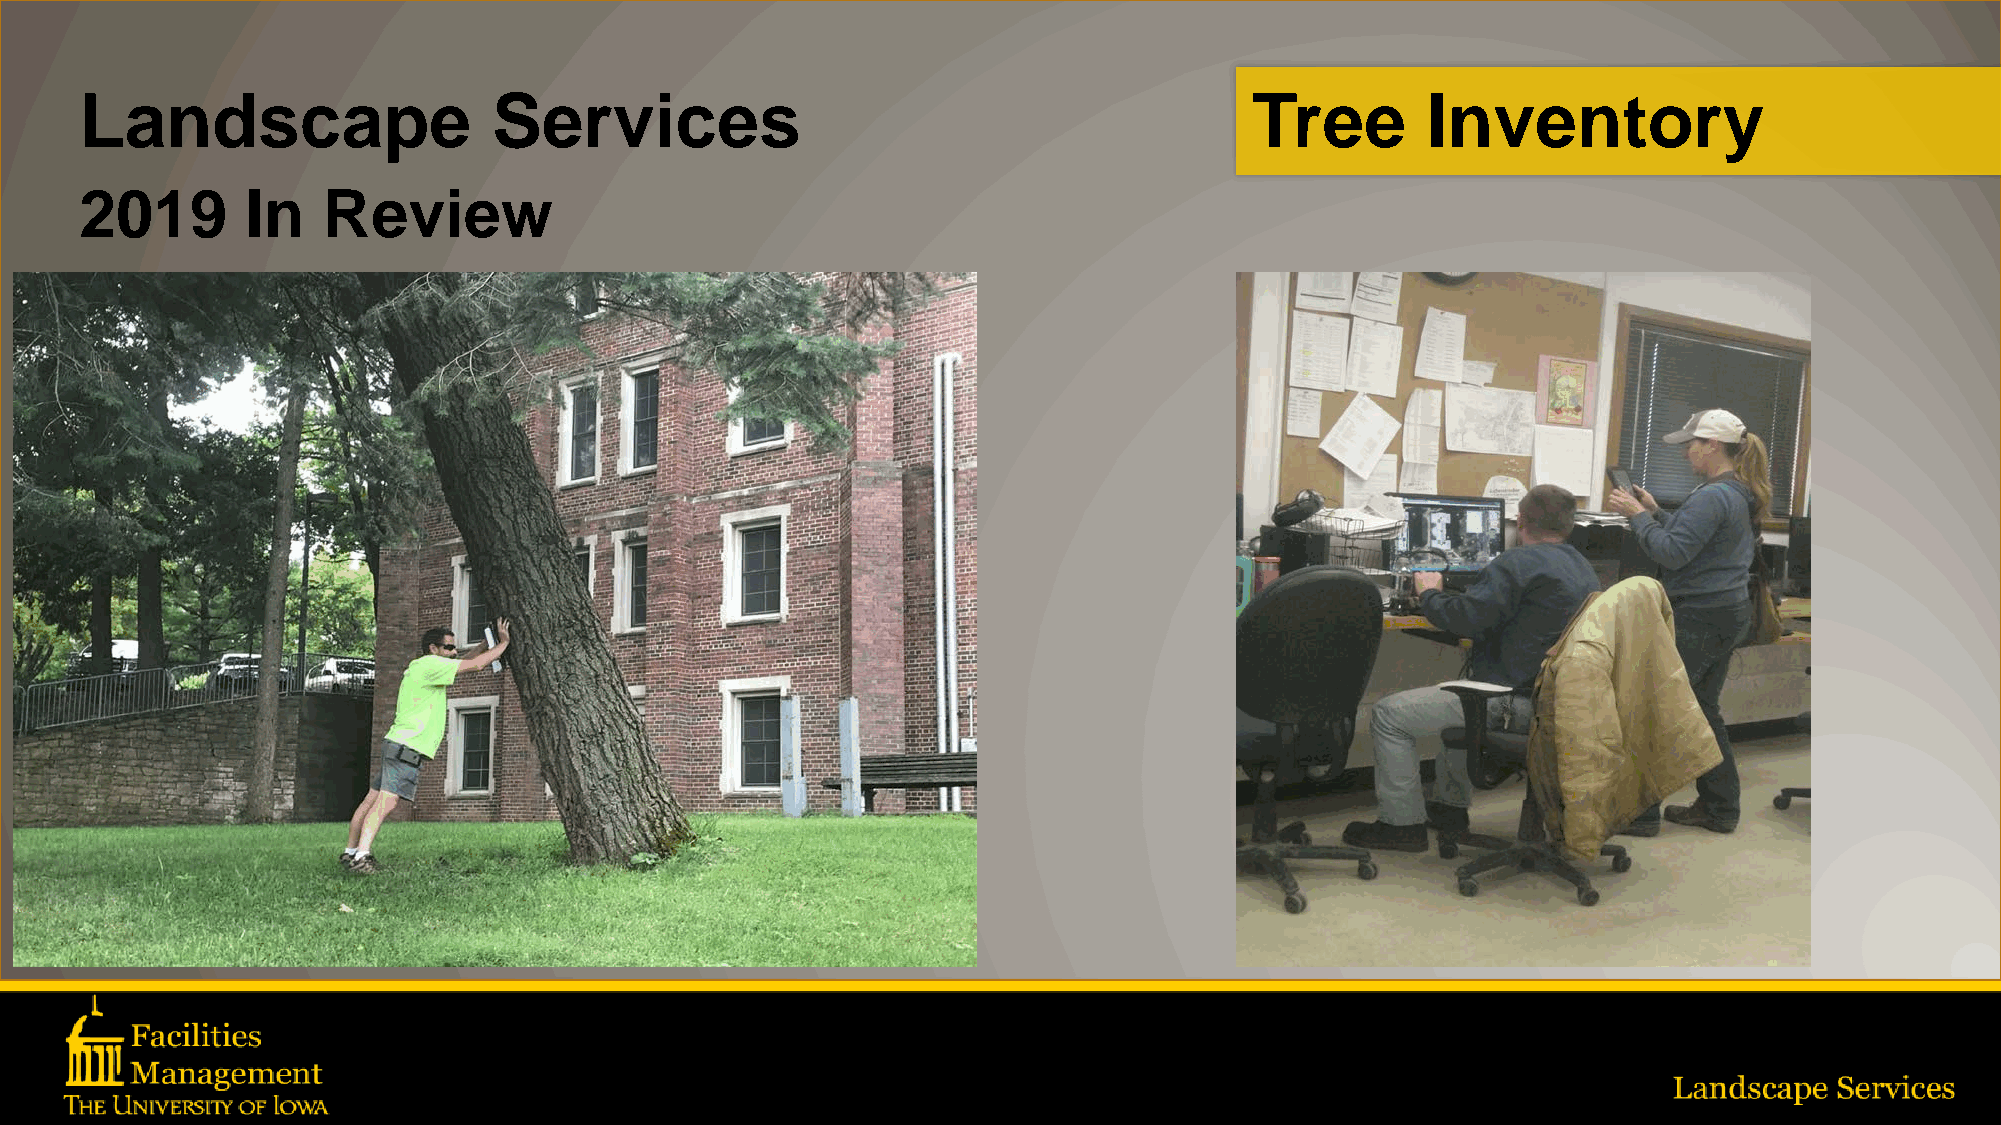
Landscape                   Services                                          Tree       Inventory
 2019       In   Review